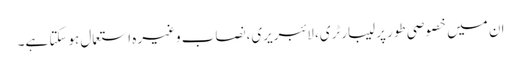
ان میں خصوصی طور پر لیبارٹری، لائبریری،نصاب وغیرہ استعمال ہوسکتا ہے۔